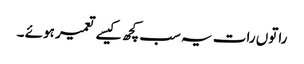
راتوں رات یہ سب کچھ کیسے تعمیر ہوئے ۔